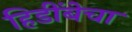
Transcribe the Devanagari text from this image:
हिडींबेचा